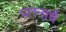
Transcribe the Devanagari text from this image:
पतनाचे